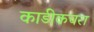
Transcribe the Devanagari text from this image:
काडीकचरा